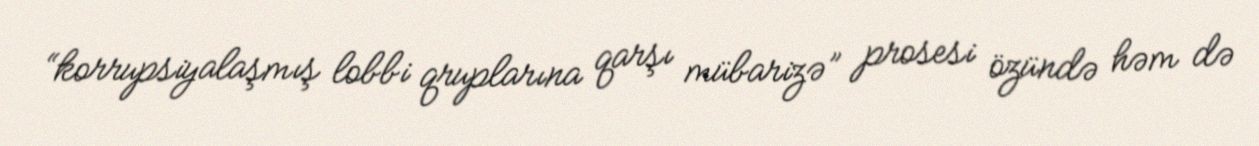
“korrupsiyalaşmış lobbi qruplarına qarşı mübarizə” prosesi özündə həm də